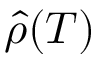
\hat { \rho } ( T )